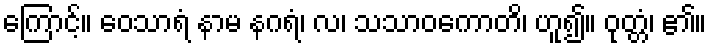
ကြောင့်။ ဝေသာရံ နာမ နဂရံ၊ လ၊ သသာဝကောတိ၊ ဟူ၍။ ဝုတ္တံ၊ ၏။